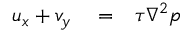
\begin{array} { r l r } { u _ { x } + v _ { y } } & { { } = } & { \tau \nabla ^ { 2 } p } \end{array}